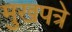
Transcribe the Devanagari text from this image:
मुखपत्रे